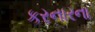
કરનારના